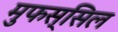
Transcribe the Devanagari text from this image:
मुफस्सिल